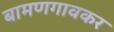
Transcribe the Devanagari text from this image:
बामणगावकर